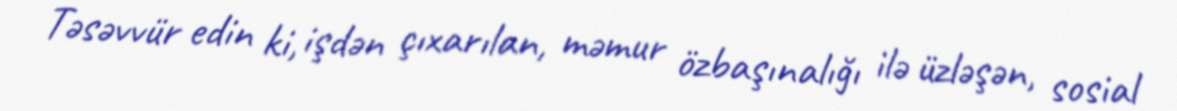
Təsəvvür edin ki, işdən çıxarılan, məmur özbaşınalığı ilə üzləşən, sosial